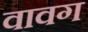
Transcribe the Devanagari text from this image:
वावग